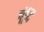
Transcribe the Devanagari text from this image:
बूंदि